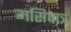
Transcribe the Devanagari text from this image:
मसिपात्र